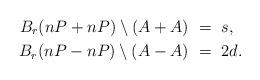
LaTeX: \begin{align*}B_r(nP+nP) \setminus (A+A) &\ =\ s, \\B_r(nP-nP) \setminus (A-A) &\ =\ 2d. \end{align*}